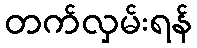
တက်လှမ်းရန်